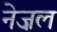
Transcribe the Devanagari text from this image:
नेज़ल